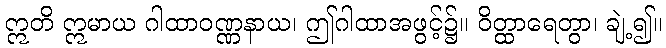
ဣတိ ဣမာယ ဂါထာဝဏ္ဏနာယ၊ ဤဂါထာအဖွင့်၌။ ဝိတ္ထာရေတွာ၊ ချဲ့၍။